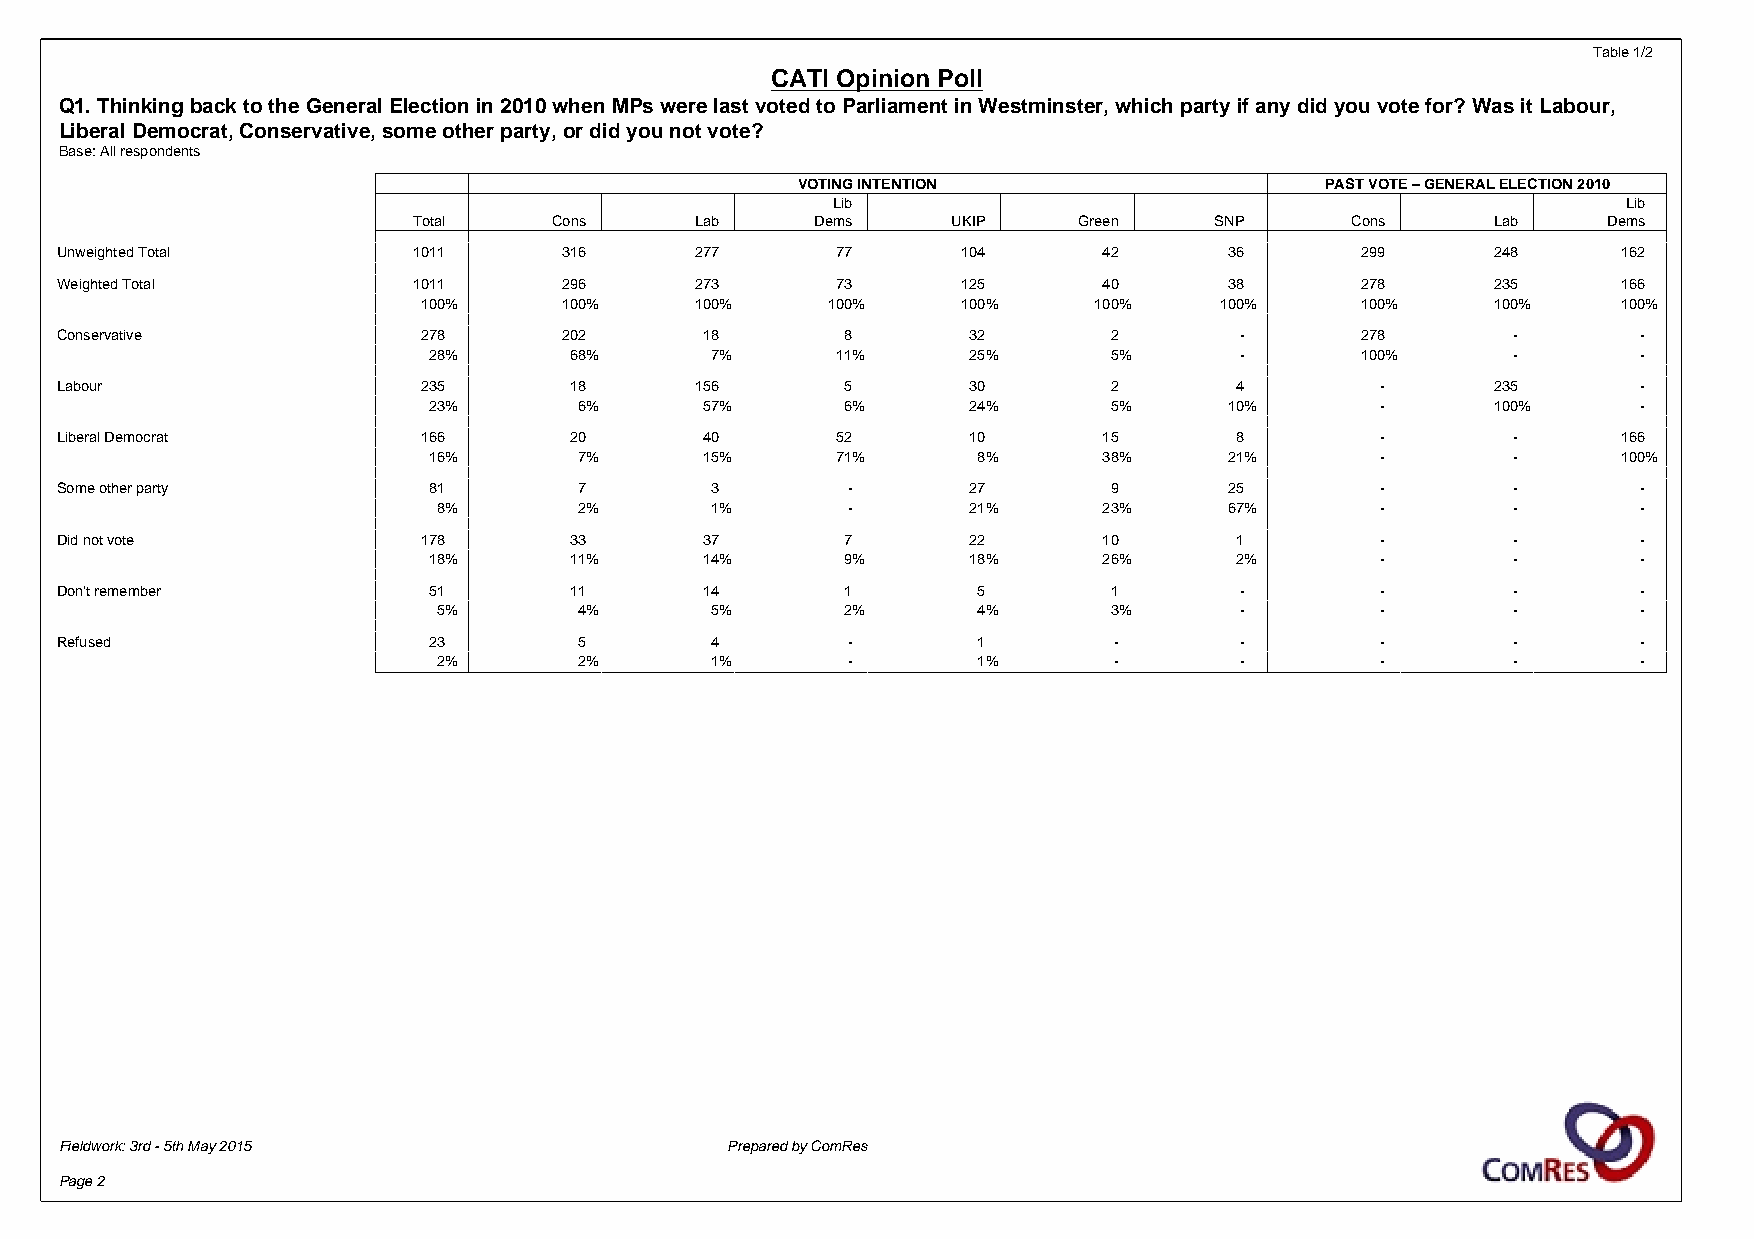
Table 1/2
 CATI Opinion Poll
 Q1. Thinking back to the General Election in 2010 when MPs were last voted to Parliament in Westminster, which party if any did you vote for? Was it Labour,
 Liberal Democrat, Conservative, some other party, or did you not vote?
 Base: All respondents
 VOTING INTENTION                   PAST VOTE – GENERAL ELECTION 2010
 Lib                                                  Lib
 Total     Cons     Lab     Dems     UKIP    Green    SNP      Cons      Lab    Dems
 Unweighted Total       1011      316      277      77       104      42      36       299      248     162
 Weighted Total         1011      296      273      73       125      40      38       278      235     166
 100%     100%     100%     100%     100%    100%     100%     100%     100%    100%
 Conservative            278      202       18       8       32        2       -       278       -        -
 28%       68%      7%      11%      25%       5%      -       100%      -        -
 Labour                  235       18      156       5       30        2       4        -       235       -
 23%       6%       57%      6%      24%       5%     10%       -       100%      -
 Liberal Democrat        166       20       40      52       10       15       8        -        -      166
 16%       7%       15%     71%       8%      38%     21%       -        -      100%
 Some other party        81        7        3        -       27        9      25        -        -        -
 8%       2%       1%       -       21%      23%     67%       -        -        -
 Did not vote            178       33       37       7       22       10       1        -        -        -
 18%       11%      14%      9%      18%      26%      2%       -        -        -
 Don't remember          51        11       14       1        5        1       -        -        -        -
 5%       4%       5%       2%       4%       3%      -        -        -        -
 Refused                 23        5        4        -        1        -       -        -        -        -
 2%       2%       1%       -        1%       -       -        -        -        -
 Fieldwork: 3rd - 5th May 2015               Prepared by ComRes
 Page 2